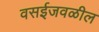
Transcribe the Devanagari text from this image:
वसईजवळील